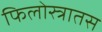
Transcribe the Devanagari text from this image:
फिलोस्त्रातस